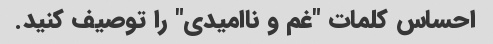
احساس کلمات "غم و ناامیدی" را توصیف کنید.